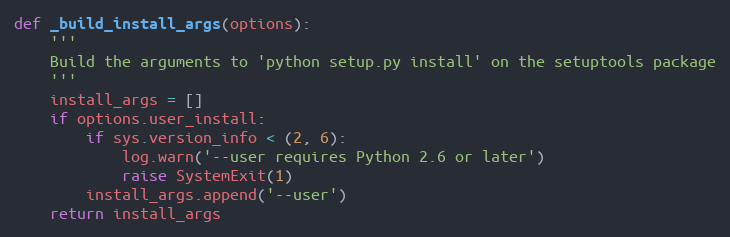
Language: Python
def _build_install_args(options):
    '''
    Build the arguments to 'python setup.py install' on the setuptools package
    '''
    install_args = []
    if options.user_install:
        if sys.version_info < (2, 6):
            log.warn('--user requires Python 2.6 or later')
            raise SystemExit(1)
        install_args.append('--user')
    return install_args